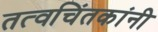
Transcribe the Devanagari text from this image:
तत्वचिंतकांनी